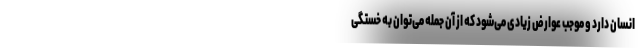
انسان دارد و موجب عوارض زیادی می‌شود که از آن جمله می‌توان به خستگی